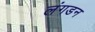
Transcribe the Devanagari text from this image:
लंगडन